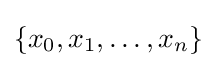
\left\{x_{0},x_{1},\ldots ,x_{n}\right\}